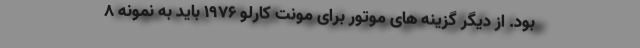
بود. از دیگر گزینه های موتور برای مونت کارلو 1976 باید به نمونه 8